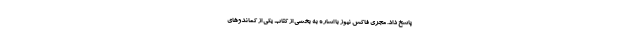
پاسخ داد. مجری فاکس نیوز با اشاره به بخشی از کتاب یکی از کماندوهای